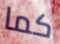
كما